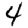
Digit: 4